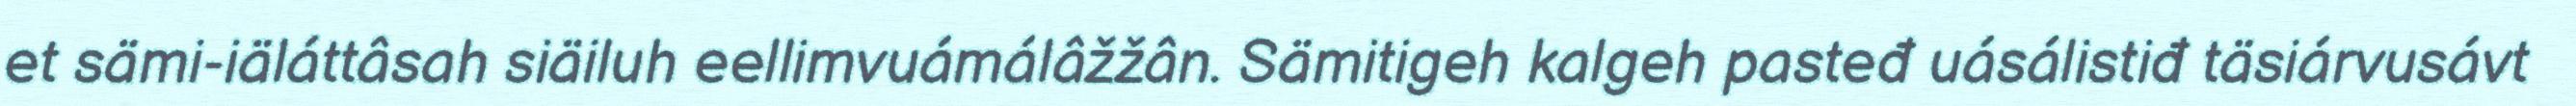
et sämi-iäláttâsah siäiluh eellimvuámálâžžân. Sämitigeh kalgeh pasteđ uásálistiđ täsiárvusávt